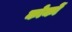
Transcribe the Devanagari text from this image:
कोकों